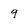
Character: q